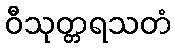
ဝီသုတ္တရသတံ